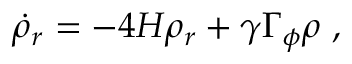
\dot { \rho } _ { r } = - 4 H \rho _ { r } + \gamma \Gamma _ { \phi } \rho ~ ,